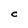
Character: C